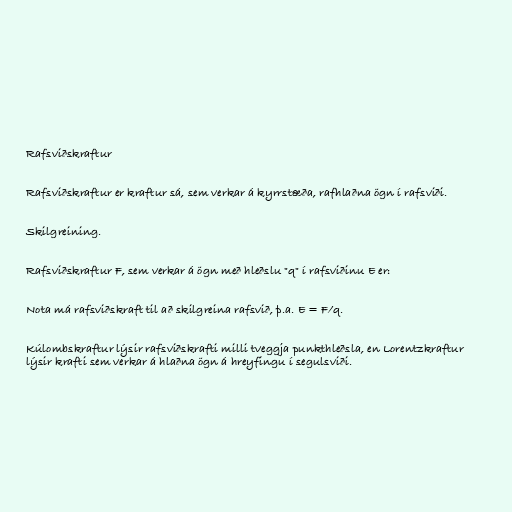
Rafsviðskraftur

Rafsviðskraftur er kraftur sá, sem verkar á kyrrstæða, rafhlaðna ögn í rafsviði.

Skilgreining.

Rafsviðskraftur F, sem verkar á ögn með hleðslu "q" í rafsviðinu E er:

Nota má rafsviðskraft til að skilgreina rafsvið, þ.a. E = F/q.

Kúlombskraftur lýsir rafsviðskrafti milli tveggja punkthleðsla, en Lorentzkraftur
lýsir krafti sem verkar á hlaðna ögn á hreyfingu í segulsviði.